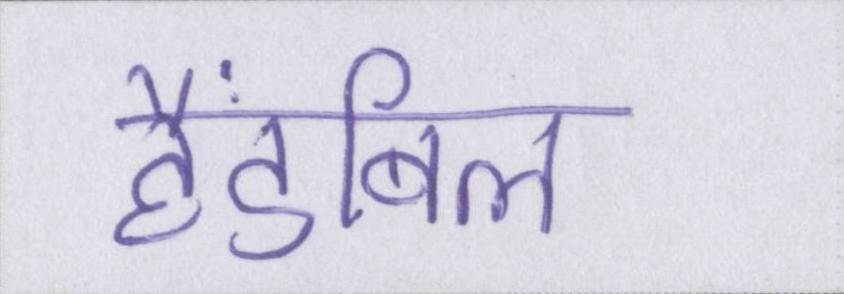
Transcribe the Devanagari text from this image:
हैंडबिल